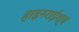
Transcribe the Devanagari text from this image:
हाइनराईश्च